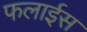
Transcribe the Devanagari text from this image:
फलाईस